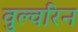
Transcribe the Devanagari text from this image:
वुल्वरिन